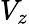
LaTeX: V_{z}